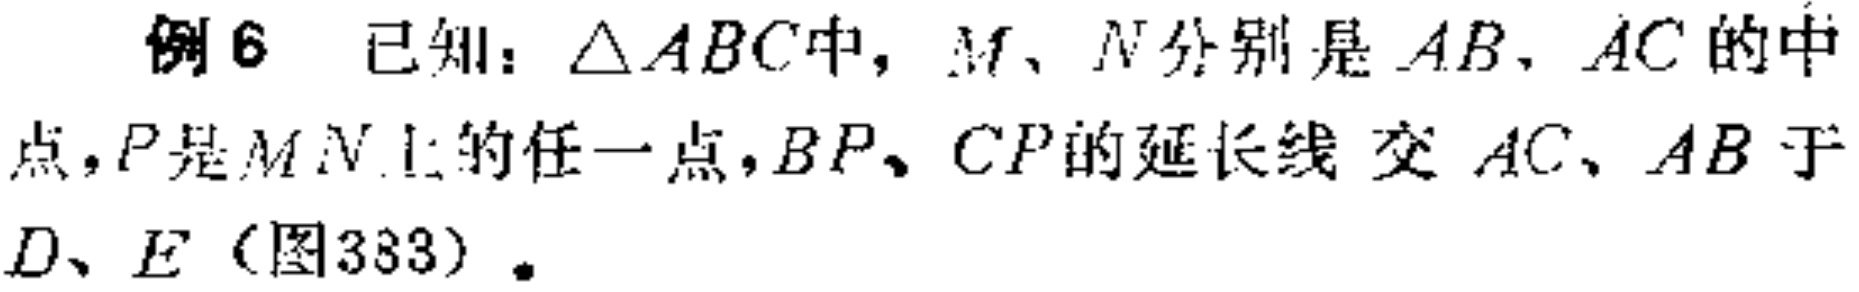
例6 已知：\(\triangle ABC\)中，\(M\)、\(N\)分别是\(AB\)，\(AC\)的中点，\(P\)是\(MN\)上的任一点，\(BP\)、\(CP\)的延长线 交 \(AC\)、\(AB\)于\(D\)、\(E\)（图383）。